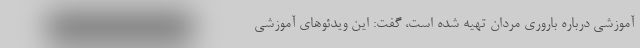
آموزشی درباره باروری مردان تهیه شده است، گفت: این ویدئوهای آموزشی